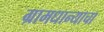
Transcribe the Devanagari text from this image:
ग्रामधान्याचा